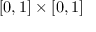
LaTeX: [ 0 , 1 ] \times [ 0 , 1 ]